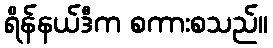
ရိန်နယ်ဒီက စကားစသည်။